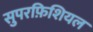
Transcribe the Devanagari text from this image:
सुपरफ़िशियल